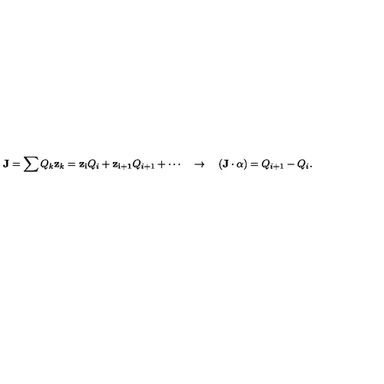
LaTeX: { \bf J } = \sum Q _ { k } { \bf z } _ { k } = { \bf z _ { i } } Q _ { i } + { \bf z _ { i + 1 } } Q _ { i + 1 } + \cdots \quad \to \quad ( { \bf J } \cdot \alpha ) = Q _ { i + 1 } - Q _ { i } .